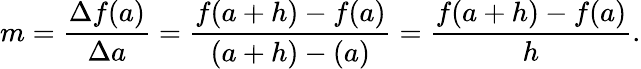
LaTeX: m={\frac{\Delta f(a)}{\Delta a}}={\frac{f(a+h)-f(a)}{(a+h)-(a)}}={\frac{f(a+h)-f(a)}{h}}.